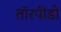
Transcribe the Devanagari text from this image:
तॉरपीडो